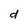
Character: d